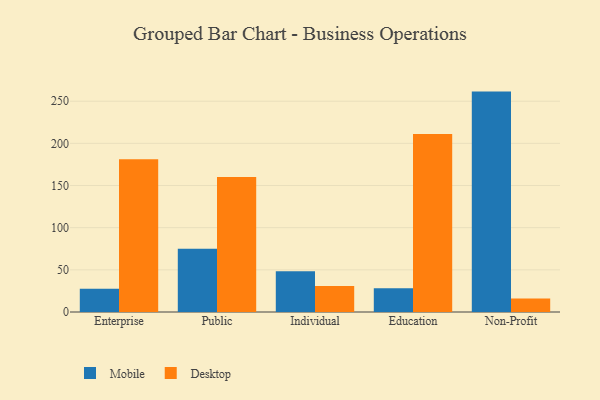
{"axis": {"x": "Segment", "y": "Tickets Resolved"}, "legend": ["Desktop", "Mobile"], "data": [{"x": "Enterprise", "y": 27.7, "type": "Mobile"}, {"x": "Enterprise", "y": 181.1, "type": "Desktop"}, {"x": "Public", "y": 75.0, "type": "Mobile"}, {"x": "Public", "y": 160.1, "type": "Desktop"}, {"x": "Individual", "y": 48.2, "type": "Mobile"}, {"x": "Individual", "y": 30.8, "type": "Desktop"}, {"x": "Education", "y": 28.3, "type": "Mobile"}, {"x": "Education", "y": 211.0, "type": "Desktop"}, {"x": "Non-Profit", "y": 261.4, "type": "Mobile"}, {"x": "Non-Profit", "y": 16.0, "type": "Desktop"}]}